DOW-UAP-D48, Department of the Air Force Report, 1996
Agency: Department of War
Incident date: 9/10/96
Page 23
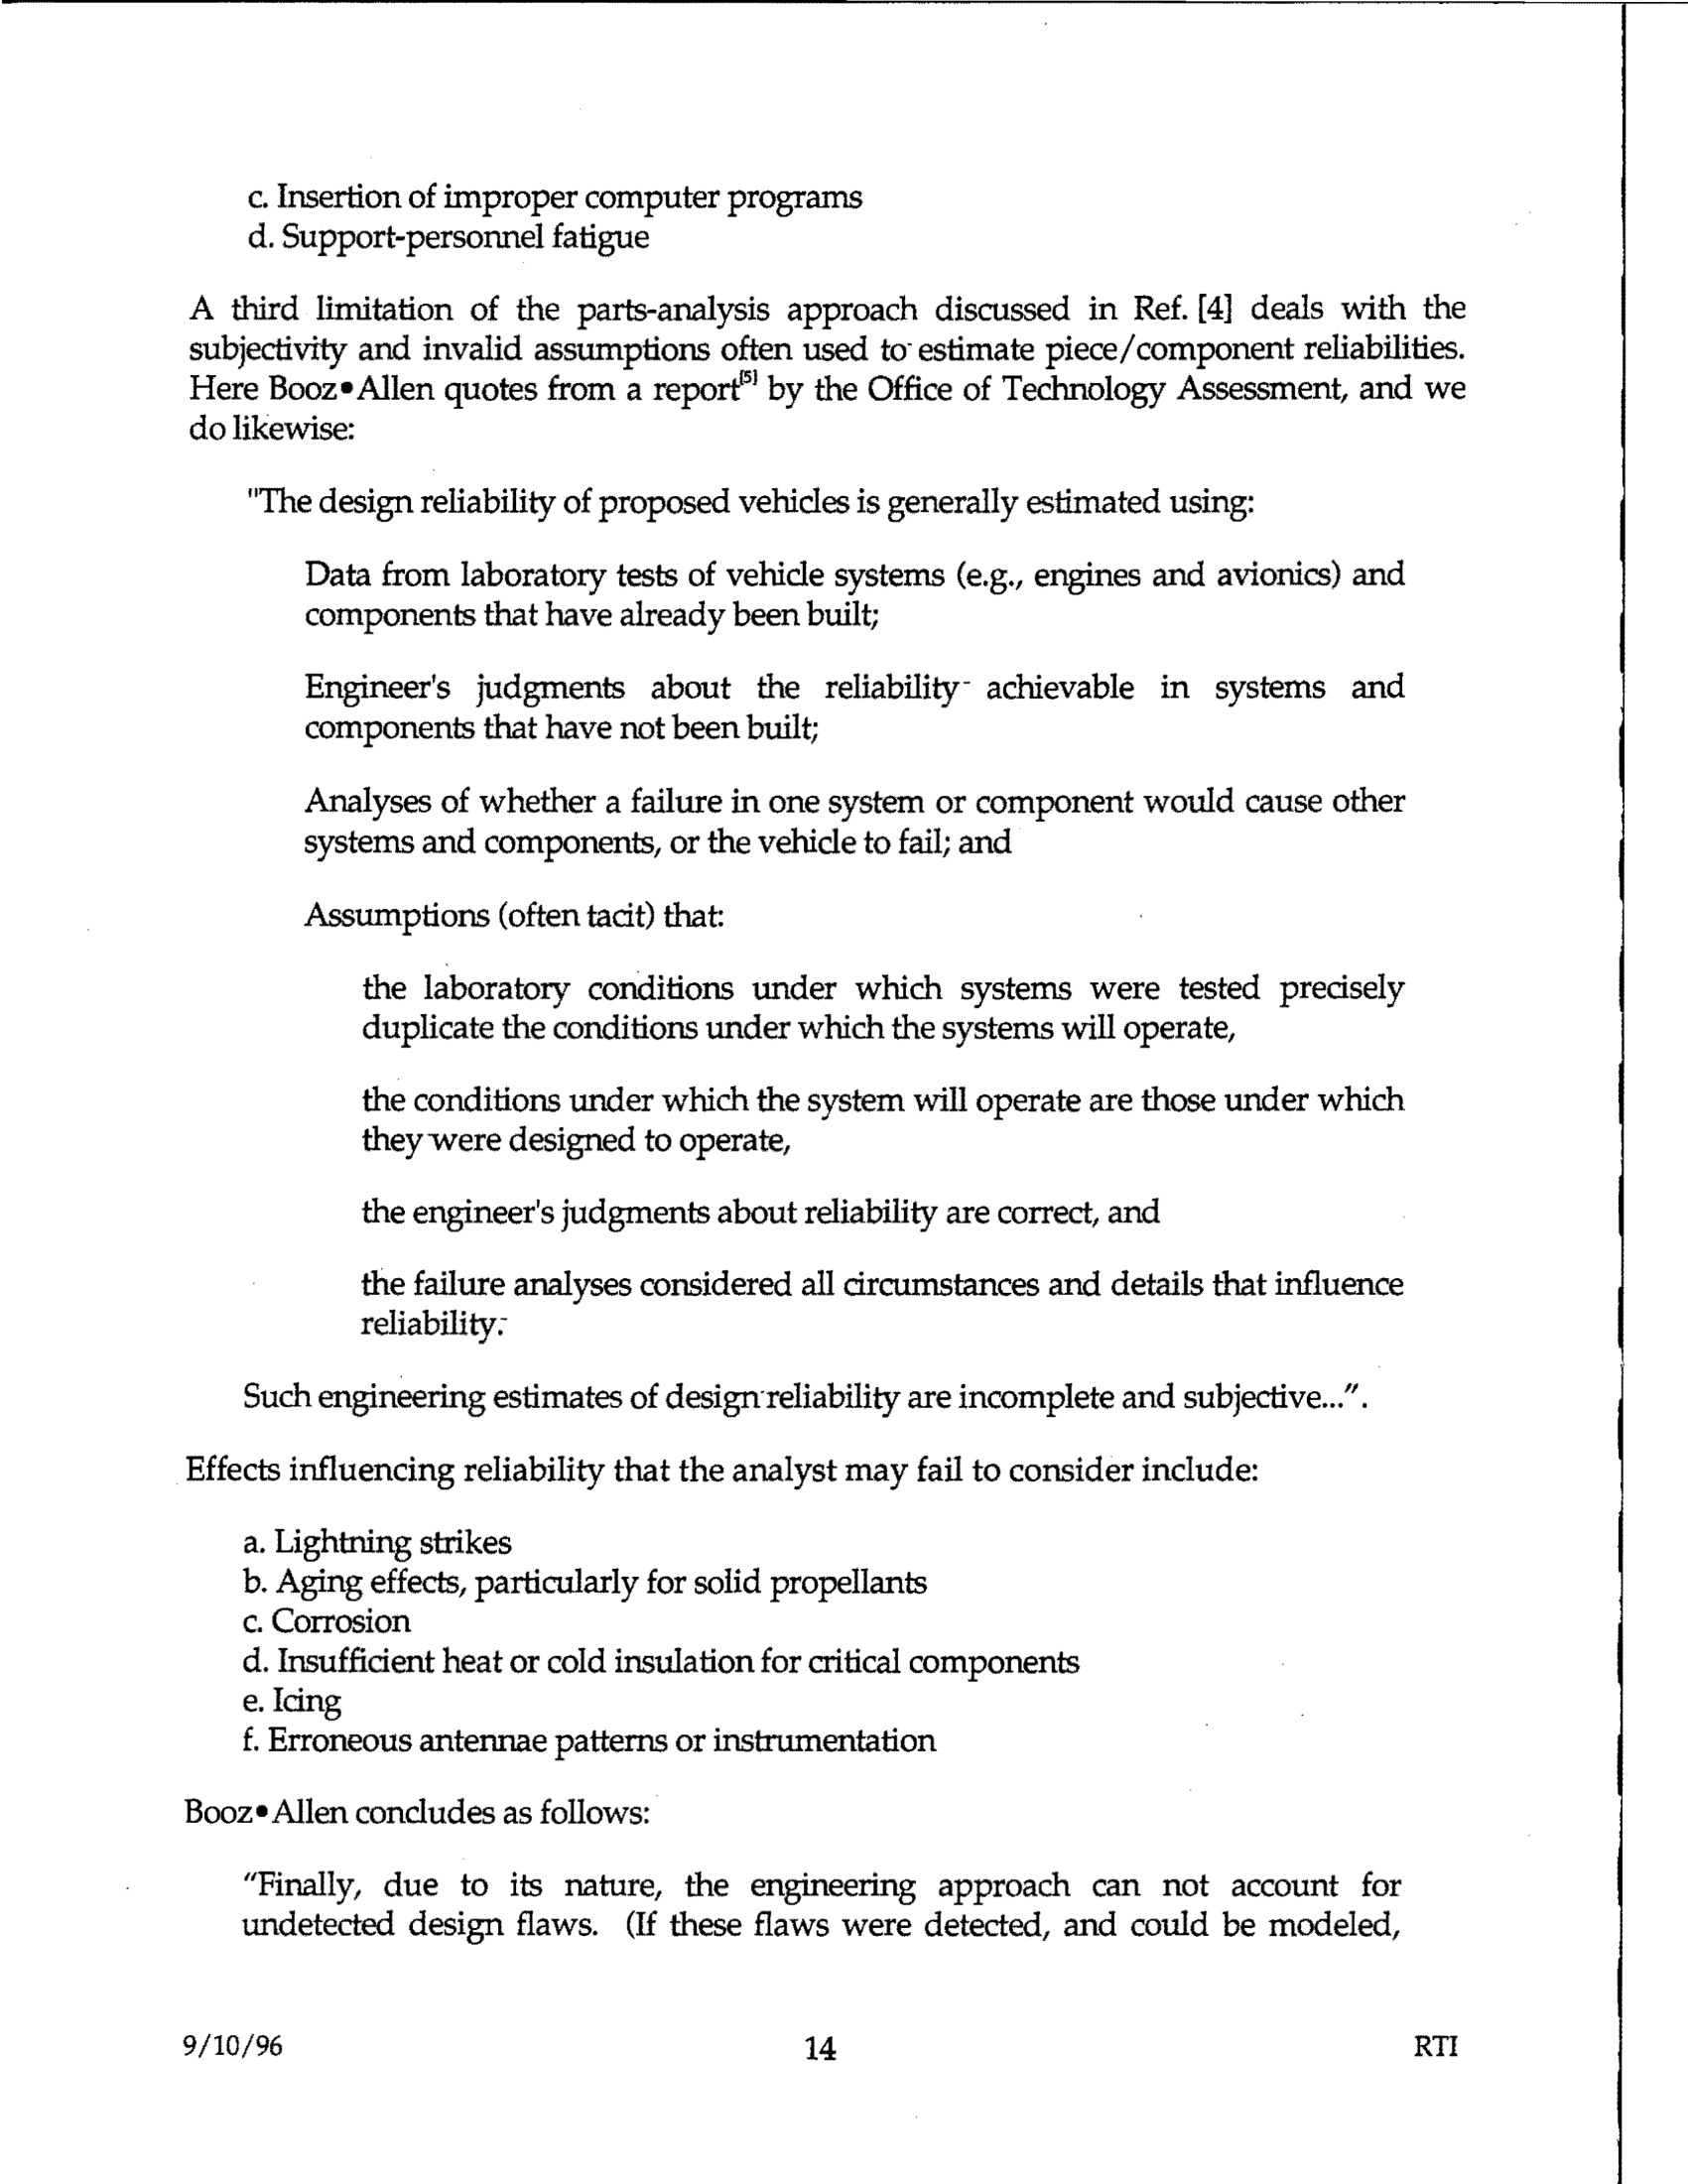